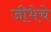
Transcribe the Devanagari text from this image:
जीभेचे